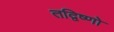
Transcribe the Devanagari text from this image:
तद्विष्णो